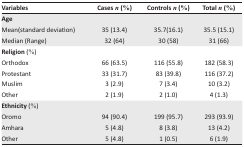
<table><thead><tr><td><b>Variables</b></td><td><b>Cases <i>n</i> (%)</b></td><td><b>Controls <i>n</i> (%)</b></td><td><b>Total <i>n</i> (%)</b></td></tr></thead><tbody><tr><td colspan="4"><b>Age</b></td></tr><tr><td>Mean(standard deviation)</td><td>35 (13.4)</td><td>35.7(16.1)</td><td>35.5 (15.1)</td></tr><tr><td>Median (Range)</td><td>32 (64)</td><td>30 (58)</td><td>31 (66)</td></tr><tr><td colspan="4"><b>Religion</b> (%)</td></tr><tr><td>Orthodox</td><td>66 (63.5)</td><td>116 (55.8)</td><td>182 (58.3)</td></tr><tr><td>Protestant</td><td>33 (31.7)</td><td>83 (39.8)</td><td>116 (37.2)</td></tr><tr><td>Muslim</td><td>3 (2.9)</td><td>7 (3.4)</td><td>10 (3.2)</td></tr><tr><td>Other</td><td>2 (1.9)</td><td>2 (1.0)</td><td>4 (1.3)</td></tr><tr><td colspan="4"><b>Ethnicity </b>(%)</td></tr><tr><td>Oromo</td><td>94 (90.4)</td><td>199 (95.7)</td><td>293 (93.9)</td></tr><tr><td>Amhara</td><td>5 (4.8)</td><td>8 (3.8)</td><td>13 (4.2)</td></tr><tr><td>Other</td><td>5 (4.8)</td><td>1 (0.5)</td><td>6 (1.9)</td></tr></tbody></table>